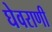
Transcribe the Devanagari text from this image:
घेवराणी